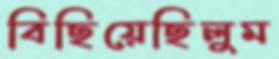
বিছিয়েছিলুম